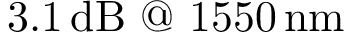
3 . 1 \, \mathrm { d B } \ @ \ 1 5 5 0 \, \mathrm { n m }